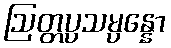
ဩတ္တပ္ပသမ္ပန္နော